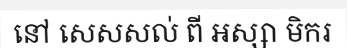
នៅ សេសសល់ ពី អស្សា មិករ